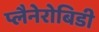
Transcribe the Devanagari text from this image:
प्लैनेरोबिडी